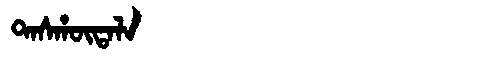
Manchu: ᡨᠠᠰᡥᡡᡨᠠᠯᠠ
Romanization: TASHŪTALA